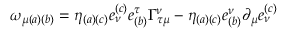
\omega _ { \mu ( a ) ( b ) } = \eta _ { ( a ) ( c ) } e _ { \nu } ^ { ( c ) } e _ { ( b ) } ^ { \tau } \Gamma _ { \tau \mu } ^ { \nu } - \eta _ { ( a ) ( c ) } e _ { ( b ) } ^ { \nu } \partial _ { \mu } e _ { \nu } ^ { ( c ) }